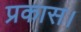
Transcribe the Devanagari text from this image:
प्रकास।